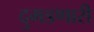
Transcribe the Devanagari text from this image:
दुमडणारी